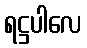
ရဋ္ဌပါလေ